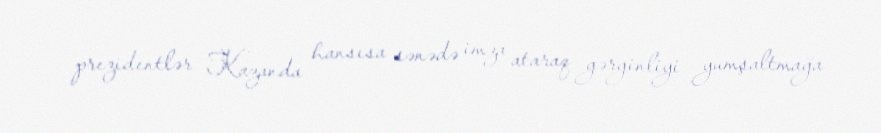
prezidentlər Kazanda hansısa sənədə imza ataraq gərginliyi yumşaltmağa